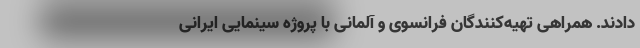
دادند. همراهی تهیه‌کنندگان فرانسوی و آلمانی با پروژه سینمایی ایرانی